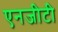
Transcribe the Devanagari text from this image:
एनजीटी